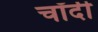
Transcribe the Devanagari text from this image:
चॉदी